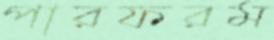
পারফরম